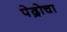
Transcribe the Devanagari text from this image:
पेद्रोचा